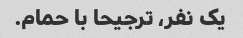
یک نفر، ترجیحا با حمام.